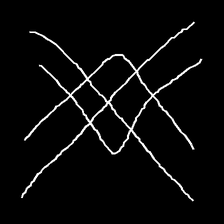
Glyph: crystal